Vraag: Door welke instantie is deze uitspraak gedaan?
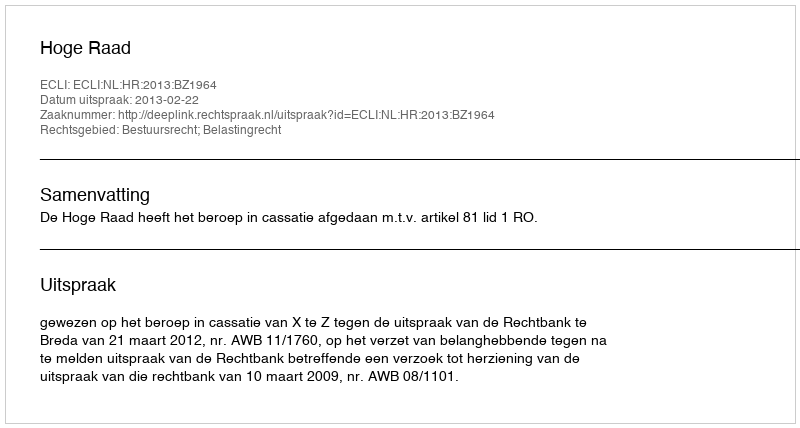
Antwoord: Hoge Raad